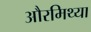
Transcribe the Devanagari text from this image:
औरमिथ्या